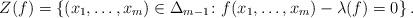
LaTeX: \begin{align*}Z(f) = \left\{(x_1,\ldots,x_m)\in \Delta_{m-1}\colon f(x_1,\ldots,x_m)-\lambda(f) = 0\right\}. \end{align*}